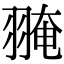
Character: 𦑎